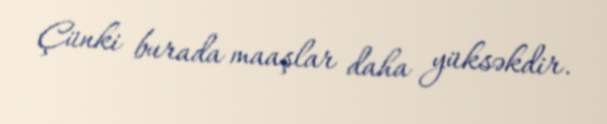
Çünki burada maaşlar daha yüksəkdir.